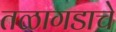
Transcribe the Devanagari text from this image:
तळागडाचे